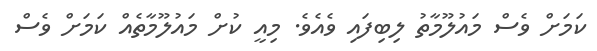
ކަމަށް ވެސް މައުލޫމާތު ލިބިފައި ވެއެވެ. މިއީ ކުށް މައުލޫމާތެއް ކަމަށް ވެސް